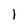
Character: 1